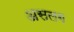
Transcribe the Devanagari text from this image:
असलग